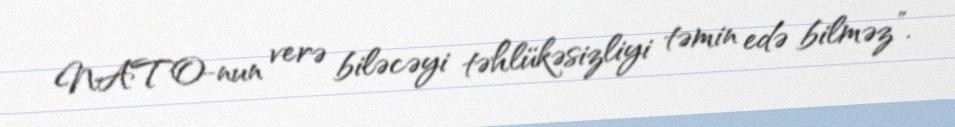
NATO-nun verə biləcəyi təhlükəsizliyi təmin edə bilməz”.